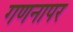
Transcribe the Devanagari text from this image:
गणनापर